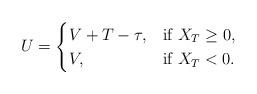
LaTeX: \begin{align*}U=\begin{cases}V+T-\tau,& \mbox{if}\,\, X_T\geq 0,\\V,& \mbox{if}\,\, X_T<0.\end{cases}\end{align*}